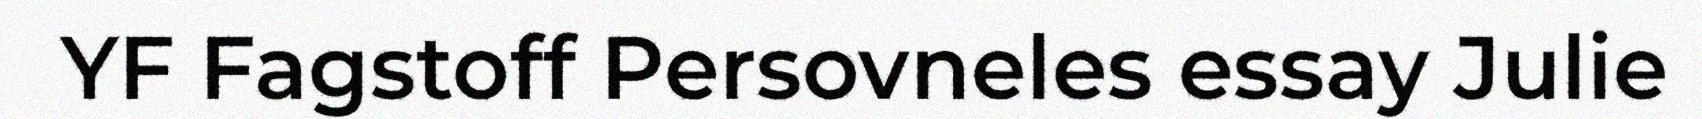
YF Fagstoff Persovneles essay Julie